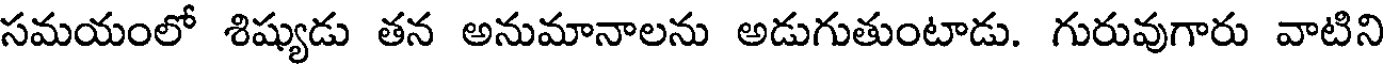
సమయంలో శిష్యుడు తన అనుమానాలను అడుగుతుంటాడు. గురువుగారు వాటిని